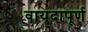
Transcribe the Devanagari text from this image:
वायदापूर्ण